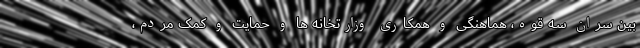
بین سران سه قوه، هماهنگی و همکاری وزارتخانه ها و حمایت و کمک مردم،